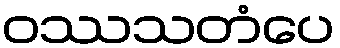
ဝဿသတံပေ